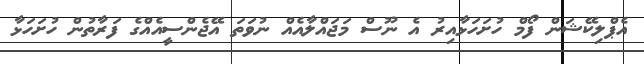
އެޕްލިކޭޝަން ފޯމް ހުށަހަޅާއިރު އެ ނޫސް މަޖައްލާއެއް ނުވަތަ އޭޖެންސީއެއްގެ ފަރާތުން ހުށަހަޅާ